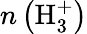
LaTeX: n\left(\mathrm{H}_{3}^{+}\right)